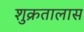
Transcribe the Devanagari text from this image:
शुक्रतालास